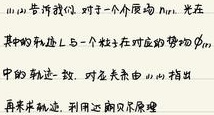
(1) 告诉我, 对于一个介质 $N_{m}$, 光在其中的轨迹 $L$ 与一个粒子在对应的势场 $\beta_{m}$ 中的轨迹一致. 对应关系由 (1.1) 指出. 再来求轨迹, 利用达朗贝尔原理.